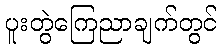
ပူးတွဲကြေညာချက်တွင်